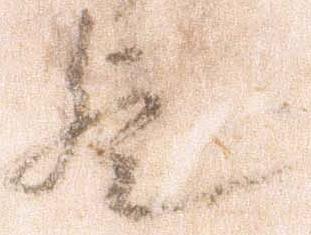
歟